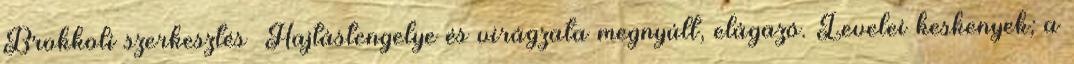
Brokkoli szerkesztés Hajtástengelye és virágzata megnyúlt, elágazó. Levelei keskenyek; a